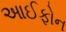
આઈફોન